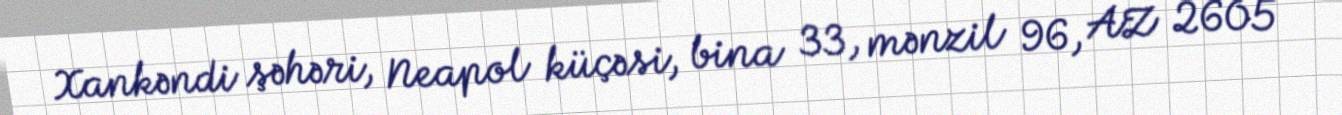
Xankəndi şəhəri, Neapol küçəsi, bina 33, mənzil 96, AZ 2605